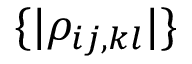
\{ | \rho _ { i j , k l } | \}